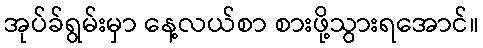
အုပ်ခ်ရွမ်းမှာ နေ့လယ်စာ စားဖို့သွားရအောင်။